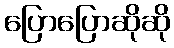
ပြောပြောဆိုဆို